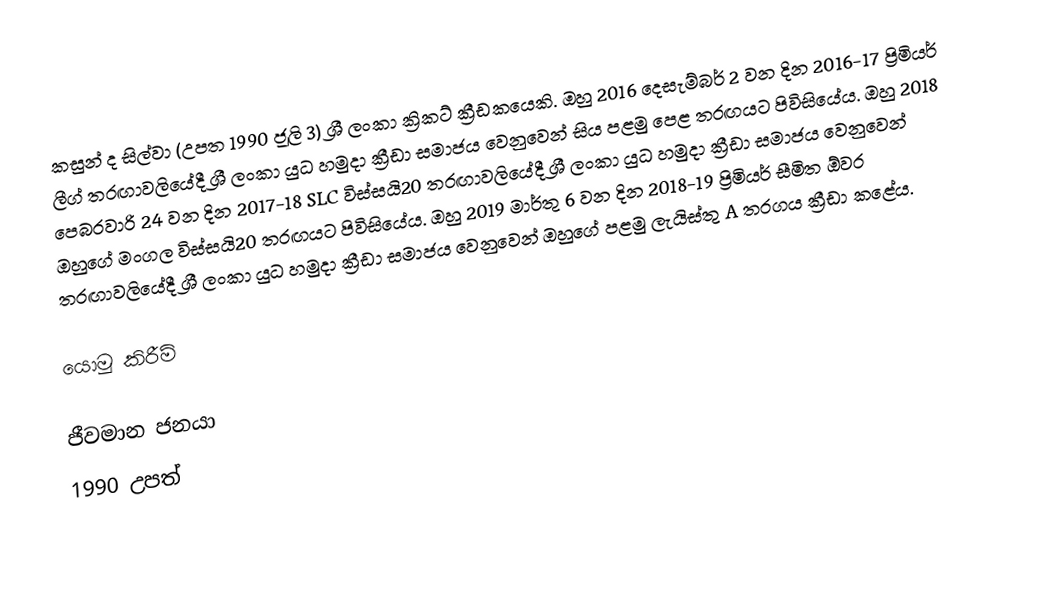
කසුන් ද සිල්වා (උපත 1990 ජූලි 3) ශ්‍රී ලංකා ක්‍රිකට් ක්‍රීඩකයෙකි. ඔහු 2016 දෙසැම්බර් 2 වන දින 2016-17 ප්‍රිමියර් ලීග් තරඟාවලියේදී ශ්‍රී ලංකා යුධ හමුදා ක්‍රීඩා සමාජය වෙනුවෙන් සිය පළමු පෙළ තරඟයට පිවිසියේය. ඔහු 2018 පෙබරවාරි 24 වන දින 2017-18 SLC විස්සයි20 තරඟාවලියේදී ශ්‍රී ලංකා යුධ හමුදා ක්‍රීඩා සමාජය වෙනුවෙන් ඔහුගේ මංගල විස්සයි20 තරඟයට පිවිසියේය. ඔහු 2019 මාර්තු 6 වන දින 2018-19 ප්‍රිමියර් සීමිත ඕවර තරඟාවලියේදී ශ්‍රී ලංකා යුධ හමුදා ක්‍රීඩා සමාජය වෙනුවෙන් ඔහුගේ පළමු ලැයිස්තු A තරගය ක්‍රීඩා කළේය.

යොමු කිරීම්

ජීවමාන ජනයා
1990 උපත්